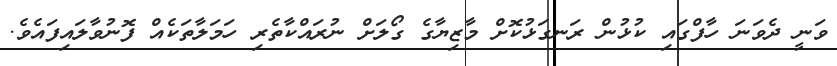
ވަނީ ދެވަނަ ހާފްގައި ކުޅުން ރަނގަޅުކޮށް މާޒިޔާގެ ގޯލަށް ނުރައްކާތެރި ހަމަލާތަކެއް ފޮނުވާލައިފައެވެ.